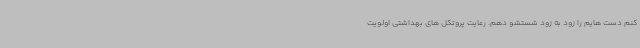
کنم دست هایم را زود به زود شستشو دهم. رعایت پروتکل های بهداشتی اولویت